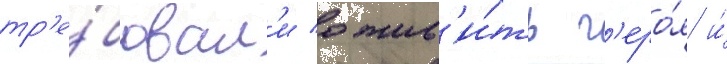
тр'е́бовал'и ожив'и́ть г'еро́я и́